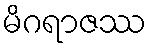
မိဂရာဇဿ